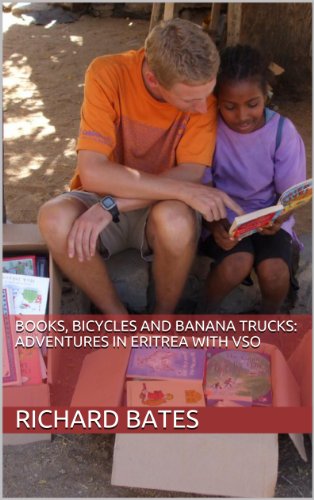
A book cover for Books, Bicycles and Banana Trucks: Adventures in Eritrea with VSO; Richard Bates; Travel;